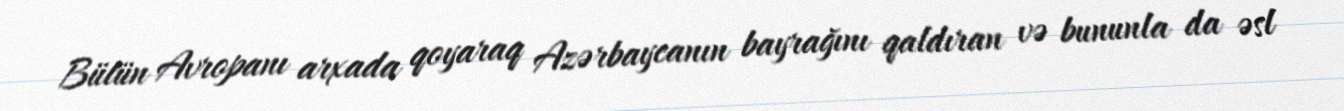
Bütün Avropanı arxada qoyaraq Azərbaycanın bayrağını qaldıran və bununla da əsl